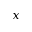
x